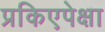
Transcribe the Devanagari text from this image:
प्रकिएपेक्षा